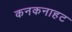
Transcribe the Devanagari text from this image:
कनकनाहट